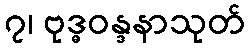
၇၊ ဗုဒ္ဓဝန္ဒနာသုတ်